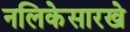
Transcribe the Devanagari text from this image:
नलिकेसारखे